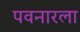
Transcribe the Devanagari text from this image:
पवनारला